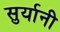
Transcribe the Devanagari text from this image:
सुर्यानी